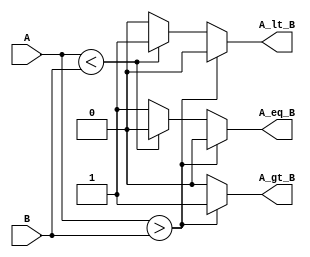
module ParameterizedComparator #(
    parameter N = 8  // Default width of the inputs
)(
    input  [N-1:0] A,  // Input A
    input  [N-1:0] B,  // Input B
    output reg A_gt_B,  // Output: A > B
    output reg A_lt_B,  // Output: A < B
    output reg A_eq_B   // Output: A == B
);

    // Always block to compare A and B
    always @(*) begin
        // Initialize outputs to 0
        A_gt_B = 0;
        A_lt_B = 0;
        A_eq_B = 0;

        // Compare A and B
        if (A > B) begin
            A_gt_B = 1;  // A is greater than B
        end else if (A < B) begin
            A_lt_B = 1;  // A is less than B
        end else begin
            A_eq_B = 1;  // A is equal to B
        end
    end

endmodule